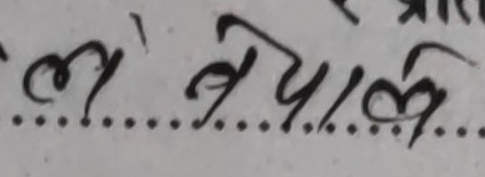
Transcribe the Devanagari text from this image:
ल नेपाल